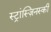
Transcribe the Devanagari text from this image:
स्ट्रांस्ज़िनस्की